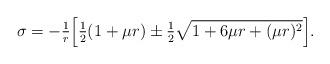
LaTeX: \begin{align*}\sigma =- \tfrac{1}{r}\Bigl[ {\tfrac{1}{2}(1 + \mu r)\pm\tfrac{1}{2}\sqrt{1 + 6\mu r +(\mu r)^2 } } \Bigr].\end{align*}